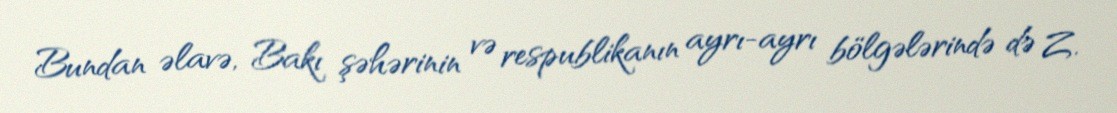
Bundan əlavə, Bakı şəhərinin və respublikanın ayrı-ayrı bölgələrində də Z.